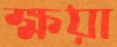
ক্ষয়া